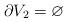
LaTeX: \begin{align*} \partial V_2 = \varnothing \end{align*}